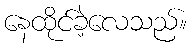
နေထိုင်ခဲ့လေသည်။